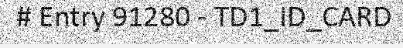
# Entry 91280 - TD1_ID_CARD